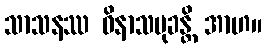
သာသနဿ ဝိနာသမုခန္တိ အာဟ။